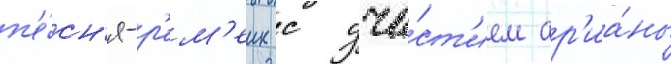
п'е́сн'я-р'ем'еик с уча́ст'ием ар'иа́ны